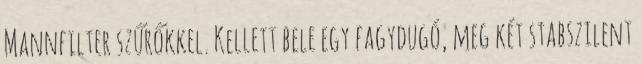
Mannfilter szűrőkkel. Kellett bele egy fagydugó, meg két stabszilent